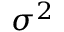
\sigma ^ { 2 }